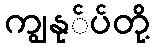
ကျွနု်ပ်တို့